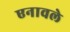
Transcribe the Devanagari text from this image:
एनावले